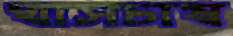
ঘাসচাষ